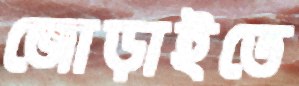
জোড়াইতে